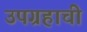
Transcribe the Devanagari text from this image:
उपग्रहाची